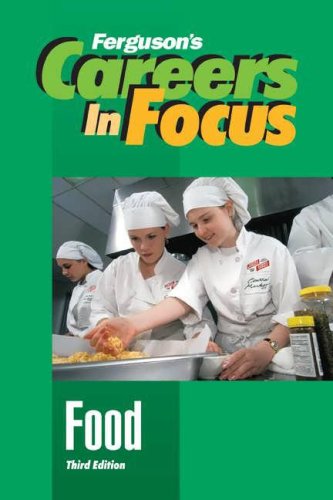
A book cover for Food, Third Edition (Ferguson's Careers in Focus); Ferguson; Teen & Young Adult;